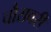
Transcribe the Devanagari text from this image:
चौरावरी